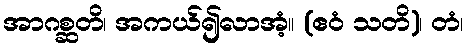
အာဂစ္ဆတိ၊ အကယ်၍လာအံ့။ (ဧဝံ သတိ)၊ တံ၊